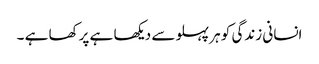
انسانی زندگی کو ہر پہلو سے دیکھا ہے پرکھا ہے ۔